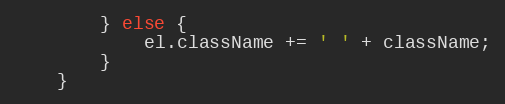
Language: JavaScript
        } else {
            el.className += ' ' + className;
        }
    }